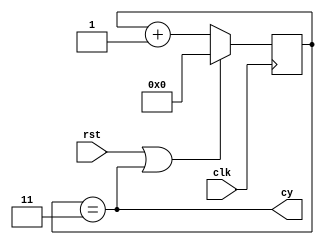
`timescale 1ns / 1ps
//////////////////////////////////////////////////////////////////////////////////
// Company:
// Engineer:
//
// Design Name:
// Module Name:    baud_gen
// Project Name:
// Target Devices:
// Tool versions:
// Description:
//
// Dependencies:
//
// Revision:
// Revision 0.01 - File Created
// Additional Comments:
//
//////////////////////////////////////////////////////////////////////////////////
module baud_gen(
    input clk,
    input rst,
    output cy
    );

reg[15:0] Q;
//assign cy =(Q==16'd10416);
assign cy=(Q==16'd3); //szimlulcihoz, hogy lssuk mi trtnik

always@(posedge clk)
begin
	if(rst|cy) Q<=16'd0;
	else Q<=Q+1;
end



endmodule